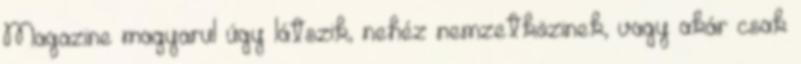
Magazine magyarul úgy látszik, nehéz nemzetközinek, vagy akár csak